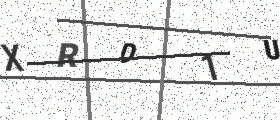
Text: XRD1U